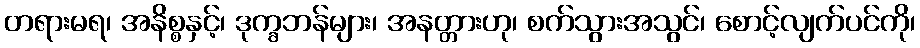
တရားမရ၊ အနိစ္စနှင့်၊ ဒုက္ခဘန်များ၊ အနတ္တားဟု၊ စက်သွားအသွင်၊ စောင့်လျက်ပင်ကို၊